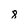
Character: 8